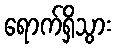
ရောက်ရှိသွား